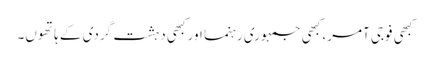
کبھی فوجی آمر، کبھی جمہوری رہنما اور کبھی دہشت گردی کے ہاتھوں۔